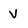
Character: V